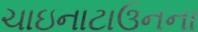
ચાઇનાટાઉનના